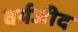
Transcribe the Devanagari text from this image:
वर्यजीद